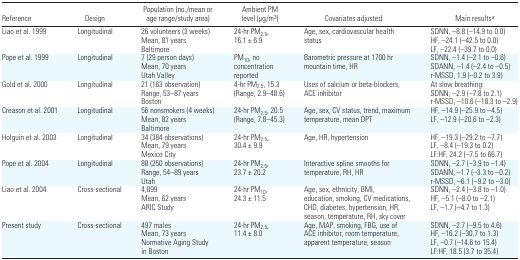
<table><thead><tr><td><b>Reference</b></td><td><b>Design</b></td><td><b>Population (no./mean or age range/study area)</b></td><td><b>Ambient PM level (μg/m<sup>3</sup>)</b></td><td><b>Covariates adjusted</b></td><td><b>Main results<i><sup>a</sup></i></b></td></tr></thead><tbody><tr><td>Liao et al. 1999</td><td>Longitudinal</td><td>26 volunteers (3 weeks) Mean, 81 years Baltimore</td><td>24-hr PM<sub>2.5</sub>, 16.1 ± 6.9</td><td>Age, sex, cardiovascular health status</td><td>SDNN, −8.8 (−14.9 to 0.0) HF, −24.1 (−42.5 to 0.0) LF, −22.4 (−39.7 to 0.0)</td></tr><tr><td>Pope et al. 1999</td><td>Longitudinal</td><td>7 (29 person days) Mean, 70 years Utah Valley</td><td>PM<sub>10</sub>, no concentration reported</td><td>Barometric pressure at 1700 hr mountain time, HR</td><td>SDNN, −1.4 (−2.1 to −0.6) SDANN, −1.4 (−2.4 to −0.5) r-MSSD, 1.9 (−0.2 to 3.9)</td></tr><tr><td>Gold et al. 2000</td><td>Longitudinal</td><td>21 (163 observation) Range, 53−87 years Boston</td><td>4-hr PM<sub>2.5</sub>, 15.3 (Range, 2.9–48.6)</td><td>Uses of calcium or beta-blockers, ACE inhibitor</td><td>At slow breathing: SDNN, −2.9 (−7.8 to 2.1) r-MSSD, −10.6 (−18.3 to −2.9)</td></tr><tr><td>Creason et al. 2001</td><td>Longitudinal</td><td>56 nonsmokers (4 weeks) Mean, 82 years Baltimore</td><td>24-hr PM<sub>2.5</sub>, 20.5 (Range, 7.8–45.3)</td><td>Age, sex, CV status, trend, maximum temperature, mean DPT</td><td>HF, −14.9 (−25.9 to −4.5) LF, −12.9 (−20.6 to −2.3)</td></tr><tr><td>Holguin et al. 2003</td><td>Longitudinal</td><td>34 (384 observations) Mean, 79 years Mexico City</td><td>24-hr PM<sub>2.5</sub>, 30.4 ± 9.9</td><td>Age, HR, hypertension</td><td>HF, −19.3 (−29.2 to −7.7) LF, −8.4 (−19.3 to 0.2) LF:HF, 24.2 (−7.5 to 66.7)</td></tr><tr><td>Pope et al. 2004</td><td>Longitudinal</td><td>88 (250 observations) Range, 54–89 years Utah</td><td>24-hr PM<sub>2.5</sub>, 23.7 ± 20.2</td><td>Interactive spline smooths for temperature, RH, HR</td><td>SDNN, −2.7 (−3.9 to −1.4) SDANN, −1.7 (−3.3 to −0.2) r-MSSD, −6.1 (−9.2 to −3.0)</td></tr><tr><td>Liao et al. 2004</td><td>Cross-sectional</td><td>4,899 Mean, 62 years ARIC Study</td><td>24-hr PM<sub>10</sub>, 24.3 ± 11.5</td><td>Age, sex, ethnicity, BMI, education, smoking, CV medications, CHD, diabetes, hypertension, HR, season, temperature, RH, sky cover</td><td>SDNN, −2.4 (−3.8 to −1.0) HF, −5.1 (−8.0 to −2.1) LF, −1.7 (−4.7 to 1.3)</td></tr><tr><td>Present study</td><td>Cross-sectional</td><td>497 males Mean, 73 years Normative Aging Study in Boston</td><td>24-hr PM<sub>2.5</sub>, 11.4 ± 8.0</td><td>Age, MAP, smoking, FBG, use of ACE inhibitor, room temperature, apparent temperature, season</td><td>SDNN, −2.7 (−9.5 to 4.6) HF, −16.2 (−30.7 to 1.3) LF, −0.7 (−14.6 to 15.4) LF:HF, 18.5 (3.7 to 35.4)</td></tr></tbody></table>